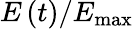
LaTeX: E\left(t\right)/E_{\operatorname*{max}}